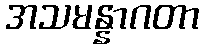
အသမန္နာဂတာ